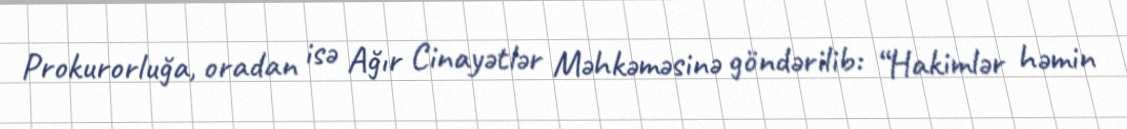
Prokurorluğa, oradan isə Ağır Cinayətlər Məhkəməsinə göndərilib: “Hakimlər həmin